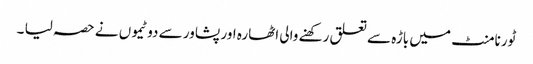
ٹورنامنٹ میں باڑہ سے تعلق رکھنے والی اٹھارہ اور پشاور سے دو ٹیموں نے حصہ لیا ۔